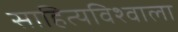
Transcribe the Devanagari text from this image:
साहित्यविश्‍वाला